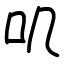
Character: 叽